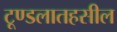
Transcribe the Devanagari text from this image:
टूण्डलातहसील